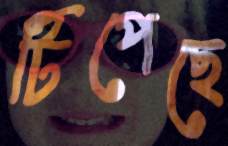
টিপেছে